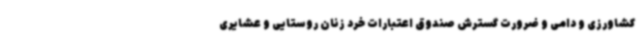
کشاورزی و دامی و ضرورت گسترش صندوق اعتبارات خرد زنان روستایی و عشایری